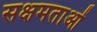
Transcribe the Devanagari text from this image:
सक्षमताओं